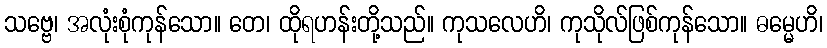
သဗ္ဗေ၊ အလုံးစုံကုန်သော။ တေ၊ ထိုရဟန်းတို့သည်။ ကုသလေဟိ၊ ကုသိုလ်ဖြစ်ကုန်သော။ ဓမ္မေဟိ၊